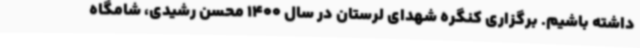
داشته باشیم. برگزاری کنگره شهدای لرستان در سال 1400 محسن رشیدی، شامگاه